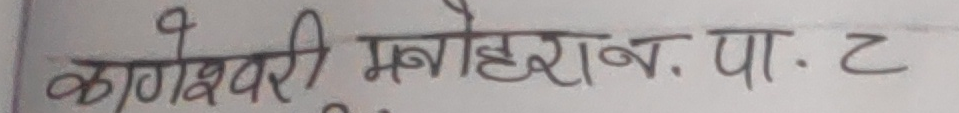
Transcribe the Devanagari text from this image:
काणेश्वरी मनोहरान. पा. ट